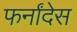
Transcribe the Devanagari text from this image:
फर्नांदेस